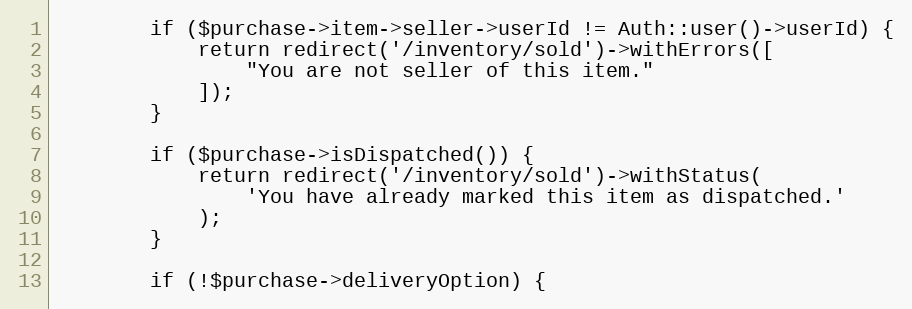
Language: PHP
        if ($purchase->item->seller->userId != Auth::user()->userId) {
            return redirect('/inventory/sold')->withErrors([
                "You are not seller of this item."
            ]);
        }

        if ($purchase->isDispatched()) {
            return redirect('/inventory/sold')->withStatus(
                'You have already marked this item as dispatched.'
            );
        }

        if (!$purchase->deliveryOption) {